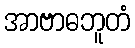
အာဗာဓဘူတံ